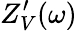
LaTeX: Z_{V}^{\prime}(\omega)